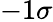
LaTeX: -1\sigma